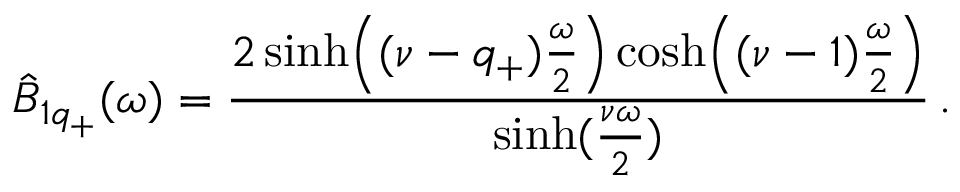
\hat { B } _ { 1 q _ { + } } ( \omega ) = { \frac { 2 \sinh \Bigl ( ( \nu - q _ { + } ) { \frac { \omega } { 2 } } \Bigr ) \cosh \Bigl ( ( \nu - 1 ) { \frac { \omega } { 2 } } \Bigr ) } { \sinh ( { \frac { \nu \omega } { 2 } } ) } } \, .